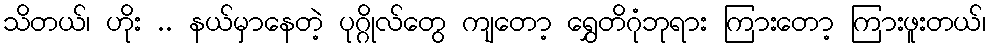
သိတယ်၊ ဟိုး .. နယ်မှာနေတဲ့ ပုဂ္ဂိုလ်တွေ ကျတော့ ရွှေတိဂုံဘုရား ကြားတော့ ကြားဖူးတယ်၊